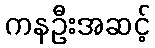
ကနဦးအဆင့်